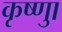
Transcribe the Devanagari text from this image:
कृष्णाु